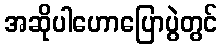
အဆိုပါဟောပြောပွဲတွင်